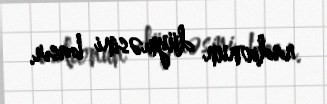
radionun düyməsini basır.